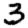
Digit: 3